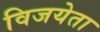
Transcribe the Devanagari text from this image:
विजयेता